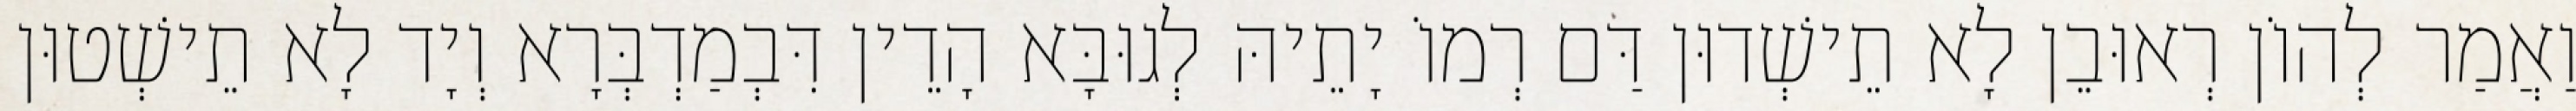
וַאֲמַר לְהוֹן רְאוּבֵן לָא תֵישְׁדוּן דַּם רְמוֹ יָתֵיהּ לְגוּבָּא הָדֵין דִּבְמַדְבְּרָא וְיָד לָא תֵישְׁטוּן